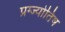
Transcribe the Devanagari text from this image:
प्रग्ज्योतिष